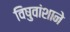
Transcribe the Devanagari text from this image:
विषुवांशाने